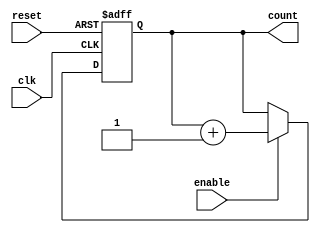
module binary_up_counter_with_enable (
    input wire clk,
    input wire reset,
    input wire enable,
    output reg [7:0] count
);

always @(posedge clk or posedge reset) begin
    if (reset) begin
        count <= 8'b0;
    end else if (enable) begin
        count <= count + 1;
    end
end

endmodule